Vaccine operations Central Provinces & Berar 1912-1920 - 1912-1920
Year: 1912
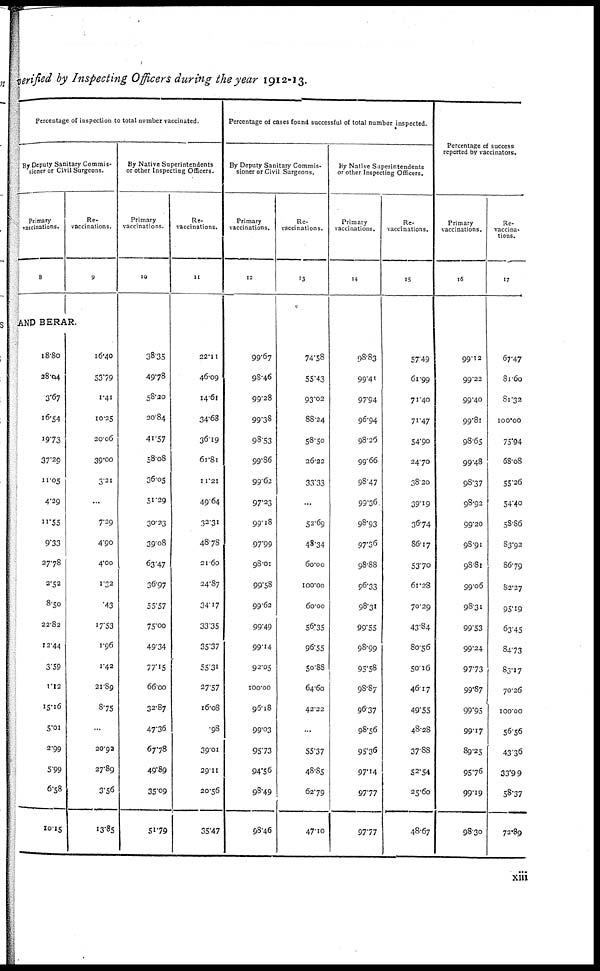
verified by Inspecting Officers during the year 1912-13.
Percentage of inspection to total number vaccinated.
Br Deputy Sanitary Commis-
sioner or Civil Surgeons.
Primary
vaccinations.
8
Re¬
vaccinations.
9
AND BERAR.
18.80
28.04
3.67
16.54
19.73
37.29
11.05
4.29
11.55
9.33
27.78
2.52
8.50
22.82
12.44
3.59
1.12
15.16
5.01
2.99
5.99
6.58
10.15
16.40
53.79
1.41
10.25
20.06
39.00
3.21
...
7.29
4.90
4.00
1.32
.43
17.53
1.96
1.42
21.89
8.75
...
20.92
27.89
3.56
13.85
By Native Superintendents
or other Inspecting Officers.
Primary
vaccinations.
10
38.35
49.78
58.20
20.84
41.57
58.08
36.05
51.29
30.23
39.08
63.47
36.97
55.57
75.00
49.34
77.15
66.00
32.87
47.36
67.78
49.89
35.09
51.79
Re¬
vaccinations.
11
22.11
46.09
14.61
34.68
36.19
61.81
11.21
49.64
32.31
48.78
21.60
24.87
34.17
33.35
35.37
55.31
27.57
16.08
.98
39.01
29.11
20.56
35.47
Percentage of cases found successful of total number inspected.
By Deputy Sanitary Commis-
sioner or Civil Surgeons.
Primary
vaccinations.
12
99.67
98.46
99.28
99.38
98.53
99.86
99.62
97.23
99.18
97.99
98.01
99.58
99.62
99.49
99.14
92.05
100.00
96.18
99.03
95.73
94.56
98.49
98.46
Re-
vaccinations.
13
74.58
55.43
93.02
88.24
58.50
26.22
33.33
...
52.69
48.34
60.00
100.00
60.00
56.35
96.55
50.88
64.60
42.22
...
55.37
48.85
62.79
47.10
By Native Superintendents
or other Inspecting Officers.
Primary
vaccinations.
14
98.83
99.41
97.94
96.94
98.26
99.66
98.47
93.36
98.93
97.36
98.88
96.33
98.31
99.55
98.99
95.58
98.87
96.37
98.56
95.36
97.14
97.77
97.77
Re-
vaccinations.
15
57.49
61.99
71.40
71.47
54.90
24.70
38.20
39.19
36.74
86.17
53.70
61.28
70.29
43.84
80.56
50.16
46.17
49.55
48.28
37.88
52.54
25.60
48.67
Percentage of success
reported by vaccinators.
Primary
vaccinations.
16
99.12
99.22
99.40
99.81
98.65
99.48
98.37
98.92
99.20
98.91
98.81
99.06
98.31
99.53
99.24
97.73
99.87
99.95
99.17
89.25
95.76
99.19
98.30
Re-
vaccina-
tions.
17
67.47
81.60
81.32
100.00
75.94
68.08
55.26
54.40
58.86
83.92
86.79
82.27
95.19
63.45
84.73
83.17
70.26
100.00
56.56
43.36
33.99
58.37
72.89
xiii